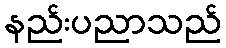
နည်းပညာသည်